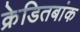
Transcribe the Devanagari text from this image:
क्रेडितबांक